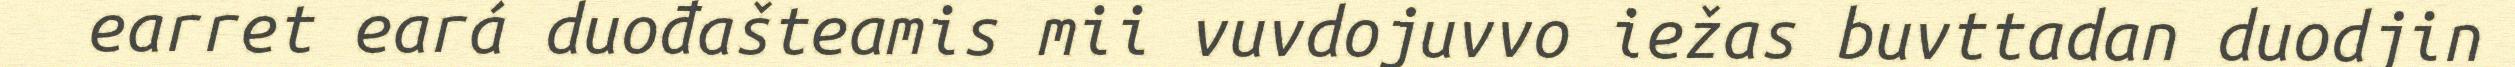
earret eará duođašteamis mii vuvdojuvvo iežas buvttadan duodjin